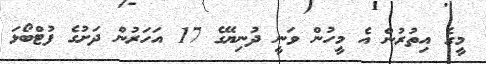
މީގެ އިތުރުން އެ މީހުން ވަނީ ދުނިޔޭގެ 17 އަހަރުން ދަށުގެ ފުޓްބޯޅަ